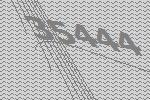
35444